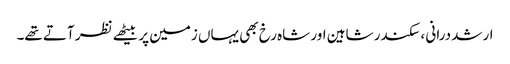
ارشد درانی ، سکندر شاہین اور شاہ رخ بھی یہاں زمین پر بیٹھے نظر آتے تھے۔